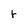
Character: r